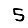
Digit: 5